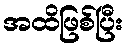
အထိဖြစ်ပြီး